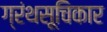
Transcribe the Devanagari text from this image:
ग्रंथसूचिकार